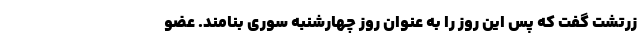
زرتشت گفت که پس این روز را به عنوان روز چهارشنبه سوری بنامند. عضو